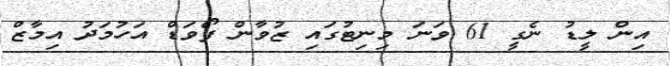
އިން ލީޑު ނެގީ 61 ވަނަ މިނިޓުގައި ޒުވާން ފޯވަޑް އަހުމަދު އިމާޒް